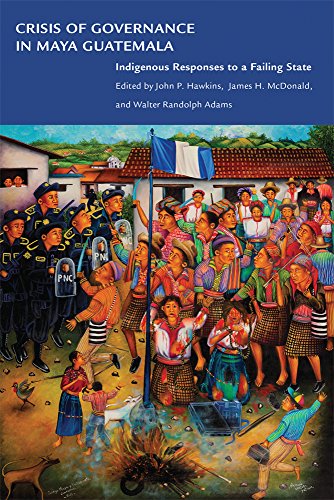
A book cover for Crisis of Governance in Maya Guatemala: Indigenous Responses to a Failing State; History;